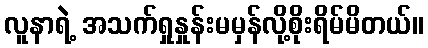
လူနာရဲ့ အသက်ရှုနှုန်းမမှန်လို့စိုးရိမ်မိတယ်။